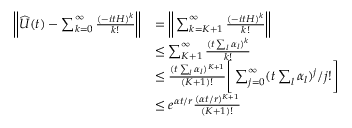
\begin{array} { r l } { \bigg \vert \bigg \vert \widehat { U } ( t ) - \sum _ { k = 0 } ^ { \infty } \frac { ( - i t H ) ^ { k } } { k ! } \bigg \vert \bigg \vert } & { = \bigg \vert \bigg \vert \sum _ { k = K + 1 } ^ { \infty } \frac { ( - i t H ) ^ { k } } { k ! } \bigg \vert \bigg \vert } \\ & { \le \sum _ { K + 1 } ^ { \infty } \frac { ( t \sum _ { l } \alpha _ { l } ) ^ { k } } { k ! } } \\ & { \le \frac { ( t \sum _ { l } \alpha _ { l } ) ^ { K + 1 } } { ( K + 1 ) ! } \Bigg [ \sum _ { j = 0 } ^ { \infty } ( t \sum _ { l } \alpha _ { l } ) ^ { j } / j ! \Bigg ] } \\ & { \le e ^ { \alpha t / r } \frac { ( \alpha t / r ) ^ { K + 1 } } { ( K + 1 ) ! } } \end{array}